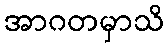
အာဂတမှာသိ